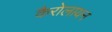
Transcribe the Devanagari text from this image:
कैरोलायन